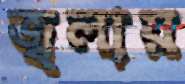
জ্বলায়